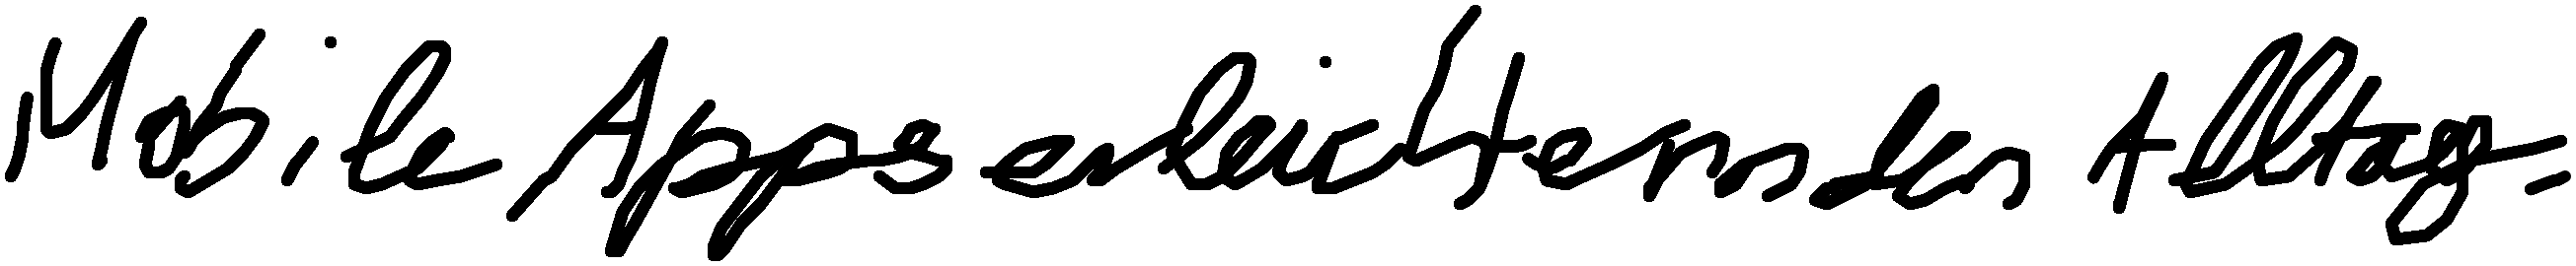
Mobile Apps erleichtern den Alltag.